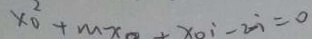
x _ { 0 } ^ { 2 } + m x + x _ { 0 } i - 2 i = 0